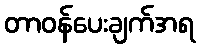
တာဝန်ပေးချက်အရ